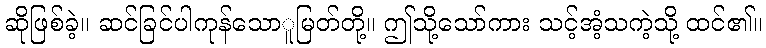
ဆိုဖြစ်ခဲ့။ ဆင်ခြင်ပါကုန်သောူမြတ်တို့။ ဤသို့သော်ကား သင့်အံ့သကဲ့သို့ ထင်၏။